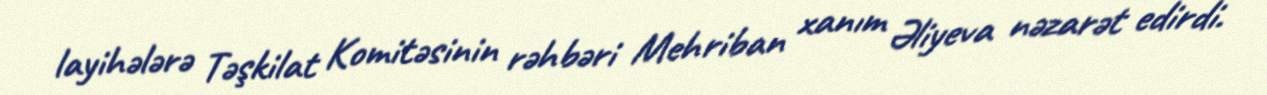
layihələrə Təşkilat Komitəsinin rəhbəri Mehriban xanım Əliyeva nəzarət edirdi.